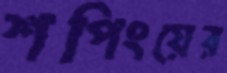
শপিংয়ের